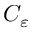
C _ { \varepsilon }